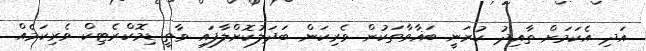
އަދި އެކަމަށް ތާއިދު ކުރަނީ ބަޣާވާތަކުން ވެރިކަން ބަދަލުކޮށްލާފައި ވާތީ ޑިމޮކްރެޓިކް ވެރިކަމެއް